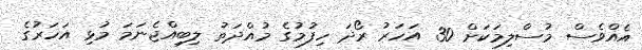
އެއްވެސް މުސްލިމަކަށް 30 އަހަރު ރޯދަ ހިފުމުގެ މުއްދަތު ލިބިއްޖެނަމަ މުޅި އަހަރުގެ